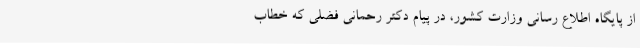
از پایگاه اطلاع رسانی وزارت کشور، در پیام دکتر رحمانی فضلی که خطاب